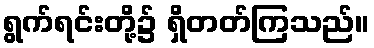
ရွက်ရင်းတို့၌ ရှိတတ်ကြသည်။